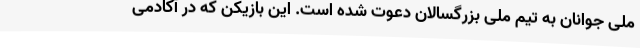
ملی جوانان به تیم ملی بزرگسالان دعوت شده است. این بازیکن که در آکادمی